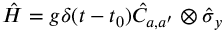
\hat { H } = g \delta ( t - t _ { 0 } ) \hat { C } _ { a , a ^ { \prime } } \otimes \hat { \sigma } _ { y }